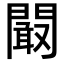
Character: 𮤜